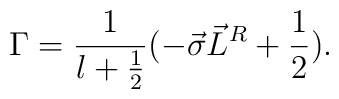
{\Gamma}=\frac{1}{l+\frac{1}{2}}(-\vec{\sigma}\vec{L}^R+\frac{1}{2}).